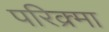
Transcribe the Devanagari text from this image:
परिक्र्मा